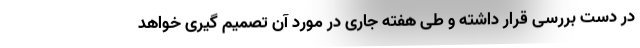
در دست بررسی قرار داشته و طی هفته جاری در مورد آن تصمیم گیری خواهد